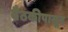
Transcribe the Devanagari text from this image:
बैठकीपासून